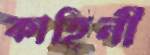
কাহিনী